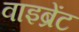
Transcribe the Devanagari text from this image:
वाइब्रेंट